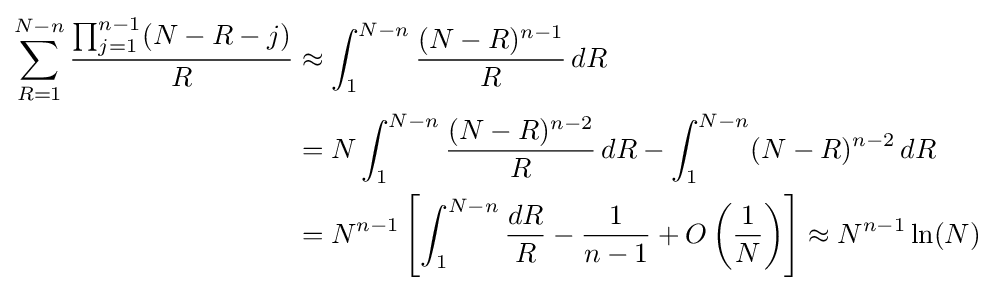
{\begin{aligned}\sum _{R=1}^{N-n}{\prod _{j=1}^{n-1}(N-R-j) \over R}&\approx \int _{1}^{N-n}{(N-R)^{n-1} \over R}\,dR\\&=N\int _{1}^{N-n}{(N-R)^{n-2} \over R}\,dR-\int _{1}^{N-n}(N-R)^{n-2}\,dR\\&=N^{n-1}\left[\int _{1}^{N-n}{dR \over R}-{1 \over n-1}+O\left({1 \over N}\right)\right]\approx N^{n-1}\ln(N)\end{aligned}}